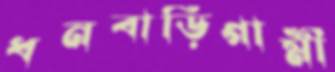
ধনবাড়িগামী